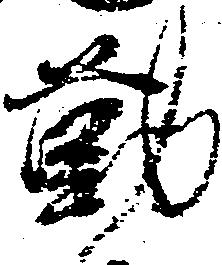
勤